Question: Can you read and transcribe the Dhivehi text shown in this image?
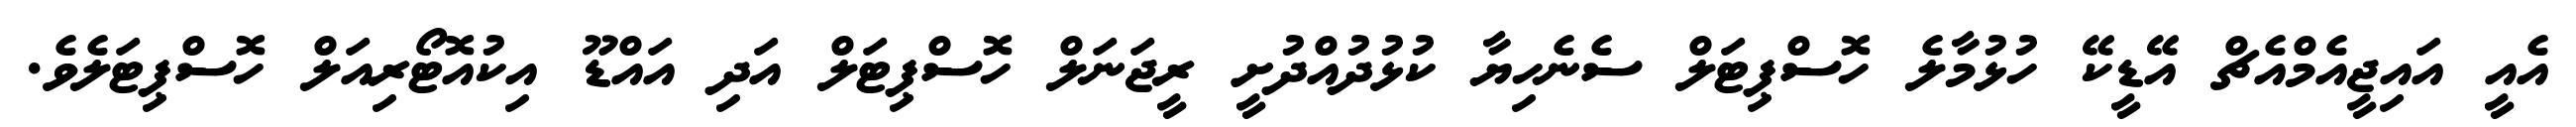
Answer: އެއީ އައިޖީއެމްއެޗް އޭޑީކޭ ހުޅުމާލެ ހޮސްޕިޓަލް ސެނެހިޔާ ކުޅުދުއްދުށީ ރީޖަނަލް ހޮސްޕިޓަލް އަދި އައްޑޫ އިކުއޮޓޯރިއަލް ހޮސްޕިޓަލެވެ.